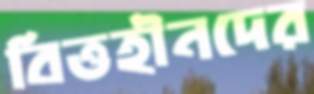
বিত্তহীনদের